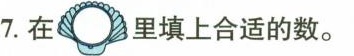
7. 在 里填上合适的数。